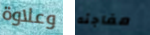
وعلاوة مفاجئه